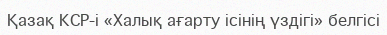
Қазақ КСР-і «Халық ағарту ісінің үздігі» белгісі